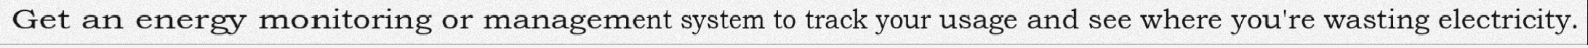
Get an energy monitoring or management system to track your usage and see where you're wasting electricity.